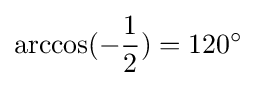
\arccos(-{\frac {1}{2}})=120^{\circ }